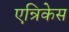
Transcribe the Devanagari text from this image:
एन्रिकेस